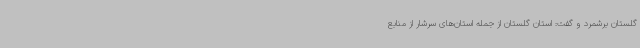
گلستان برشمرد و گفت: استان گلستان از جمله استان‌های سرشار از منابع